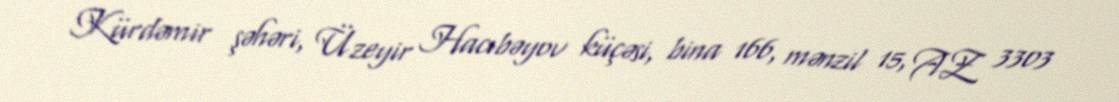
Kürdəmir şəhəri, Üzeyir Hacıbəyov küçəsi, bina 166, mənzil 15, AZ 3303